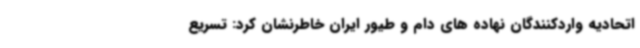
اتحادیه واردکنندگان نهاده های دام و طیور ایران خاطرنشان کرد: تسریع